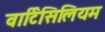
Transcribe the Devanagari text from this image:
वार्टिसिलियम